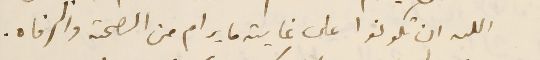
الله ان تكونوا على غاية ما يرام من الصحة والرفاه.